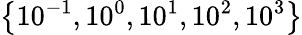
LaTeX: \left\{ 10^{-1},10^{0},10^{1},10^{2},10^{3}\right\}